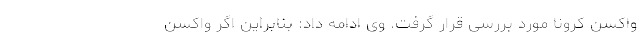
واکسن کرونا مورد بررسی قرار گرفت. وی ادامه داد: بنابراین اگر واکسن